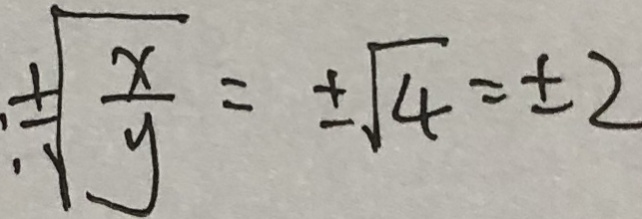
: \pm \sqrt { \frac { x } { y } } = \pm \sqrt { 4 } = \pm 2